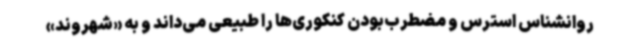
روانشناس استرس و مضطرب‌بودن کنکوری‌ها را طبیعی می‌داند و به «شهروند»